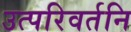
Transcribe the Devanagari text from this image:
उत्परिवर्तनि